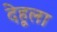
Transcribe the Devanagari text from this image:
देहूला